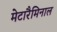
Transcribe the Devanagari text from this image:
मेटारैमिनाल